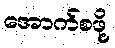
အောက်စဖို့